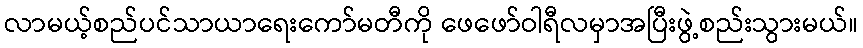
လာမယ့်စည်ပင်သာယာရေးကော်မတီကို ဖေဖော်ဝါရီလမှာအပြီးဖွဲ့စည်းသွားမယ်။